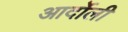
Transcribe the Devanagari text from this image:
आर्दोली